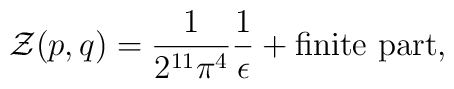
{\cal Z} (p,q) = \frac{1}{2^{11} \pi^4} \frac{1}{\epsilon} +\mbox{finite part},